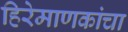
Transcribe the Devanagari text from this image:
हिरेमाणकांचा